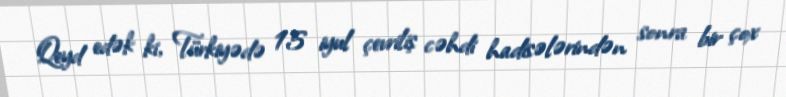
Qeyd edək ki, Türkiyədə 15 iyul çevriliş cəhdi hadisələrindən sonra bir çox